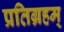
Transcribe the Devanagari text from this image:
प्रतिग्रहम्